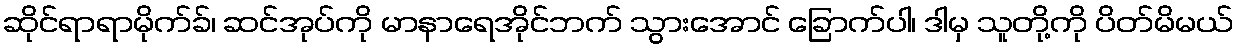
ဆိုင်ရာရာမိုက်ခ်၊ ဆင်အုပ်ကို မာနာရေအိုင်ဘက် သွားအောင် ခြောက်ပါ၊ ဒါမှ သူတို့ကို ပိတ်မိမယ်